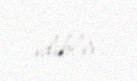
ediblər.